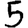
Digit: 5